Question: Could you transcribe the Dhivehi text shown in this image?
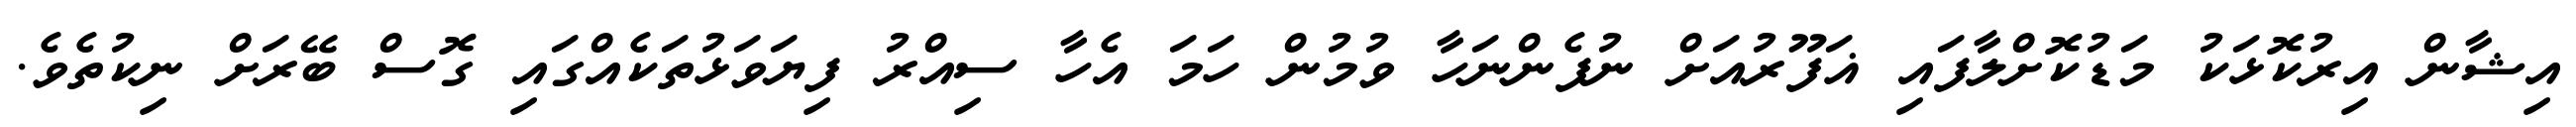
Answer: އިޝާން އިރުކޮޅަކު މަޑުކޮށްލާފައި ޣަފޫރުއަށް ނުފެންނަހާ ވުމުން ހަމަ އެހާ ސިއްރު ފިޔަވަޅުތަކެއްގައި ގޮސް ބޭރަށް ނިކުތެވެ.